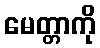
မေတ္တာကို